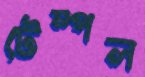
টেম্পল